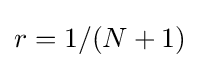
r=1/(N+1)